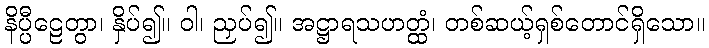
နိပ္ပီဠေတွာ၊ နှိပ်၍။ ဝါ၊ ညှပ်၍။ အဋ္ဌာရသဟတ္ထံ၊ တစ်ဆယ့်ရှစ်တောင်ရှိသော။